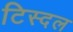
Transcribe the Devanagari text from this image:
टिस्दल